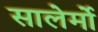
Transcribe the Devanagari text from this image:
सालेर्मो